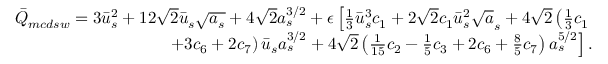
\begin{array} { r l r } & { } & { \bar { Q } _ { m c d s w } = 3 \bar { u } _ { s } ^ { 2 } + 1 2 \sqrt { 2 } \bar { u } _ { s } \sqrt { a _ { s } } + 4 \sqrt { 2 } a _ { s } ^ { 3 / 2 } + \epsilon \left[ \frac { 1 } { 3 } \bar { u } _ { s } ^ { 3 } c _ { 1 } + 2 \sqrt { 2 } c _ { 1 } \bar { u } _ { s } ^ { 2 } \sqrt { a } _ { s } + 4 \sqrt { 2 } \left( \frac { 1 } { 3 } c _ { 1 } \right. \right. } \\ & { } & { \left. \left. \mathrm + 3 c _ { 6 } + 2 c _ { 7 } \right) \bar { u } _ { s } a _ { s } ^ { 3 / 2 } + 4 \sqrt { 2 } \left( \frac { 1 } { 1 5 } c _ { 2 } - \frac { 1 } { 5 } c _ { 3 } + 2 c _ { 6 } + \frac { 8 } { 5 } c _ { 7 } \right) a _ { s } ^ { 5 / 2 } \right] . } \end{array}